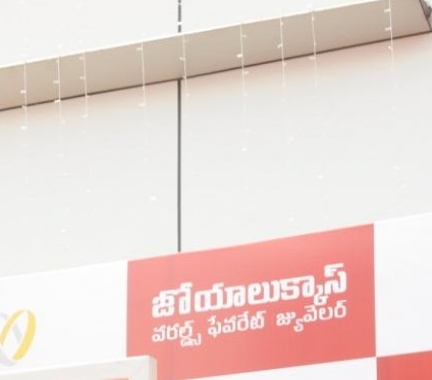
Language: telugu
Transcription: వరల్డ్స్ ఫేవరేట్ జ్యువెలర్ జోయాలుక్కాస్